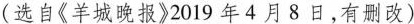
(选自《羊城晚报》2019年4月8日，有删改)